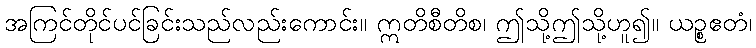
အကြင်တိုင်ပင်ခြင်းသည်လည်းကောင်း။ ဣတိစီတိစ၊ ဤသို့ဤသို့ဟူ၍။ ယဉ္စဧတံ၊